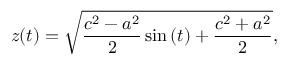
z ( t ) = \sqrt { \frac { c ^ { 2 } - a ^ { 2 } } { 2 } \sin { ( t } ) + \frac { c ^ { 2 } + a ^ { 2 } } { 2 } } ,